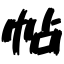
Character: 帖